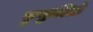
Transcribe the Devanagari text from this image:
कुकुलिडे